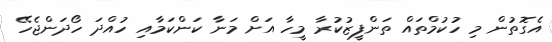
އެގޮތުން މި ހުކުމްތައް ތަންފީޒުކުރާ މީހާ އަށް މަނާ ކަންކަމާއި ހުއްދަ ހޯދަންޖެހޭ